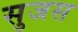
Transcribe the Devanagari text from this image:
सुजस